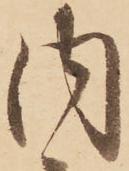
内